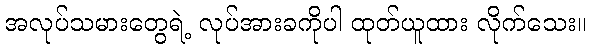
အလုပ်သမားတွေရဲ့ လုပ်အားခကိုပါ ထုတ်ယူထား လိုက်သေး။